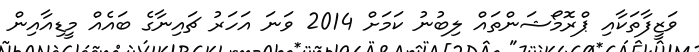
ވަޒީފާތަކާއި ޕްރޮމޯޝަންތައް ލިބުނު ކަމަށް 2014 ވަނަ އަހަރު ޗައިނާގެ ބައެއް މީޑިއާއިން